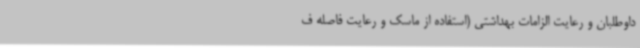
داوطلبان و رعایت الزامات بهداشتی (استفاده از ماسک و رعایت فاصله ف